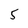
Character: 5